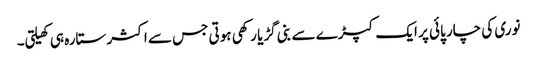
نوری کی چار پائی پر ایک کپڑے سے بنی گڑیا رکھی ہوتی جس سے اکثر ستارہ ہی کھیلتی۔